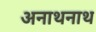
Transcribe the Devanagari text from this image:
अनाथनाथ